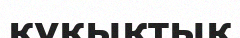
құқыктық